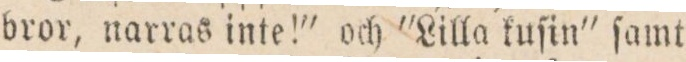
bror, narras inte!” och ”Lilla kuſin” ſamt